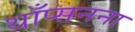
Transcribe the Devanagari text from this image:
थाँप्सनना